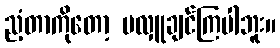
ညံ့တာကိုတော့ မလှူချင်ကြပါဘူး။